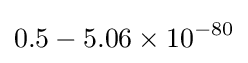
0.5-5.06\times 10^{-80}